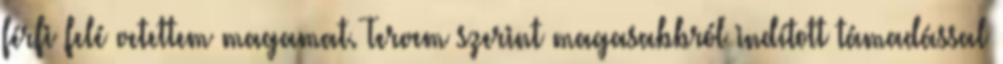
férfi felé vetettem magamat. Tervem szerint magasabbról indított támadással